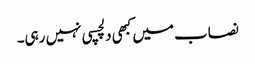
نصاب میں کبھی دلچسپی نہیں رہی۔